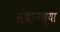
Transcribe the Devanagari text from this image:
संथानच्या